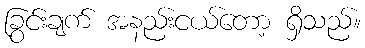
ခြွင်းချက် အနည်းငယ်တော့ ရှိသည်။